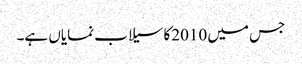
جس میں 2010کا سیلاب نمایاں ہے۔